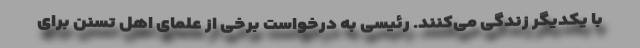
با یکدیگر زندگی می‌کنند. رئیسی به درخواست برخی از علمای اهل تسنن برای